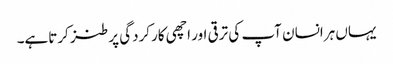
یہاں ہرانسان آپ کی ترقی اور اچھی کارکردگی پر طنز کرتاہے۔